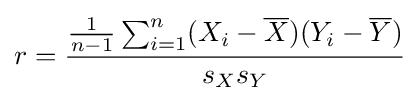
r={\frac {{\frac {1}{n-1}}\sum _{i=1}^{n}(X_{i}-{\overline {X}})(Y_{i}-{\overline {Y}})}{s_{X}s_{Y}}}